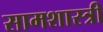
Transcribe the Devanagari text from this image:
सामशास्त्री